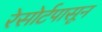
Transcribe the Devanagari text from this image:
रेसोर्टपासून